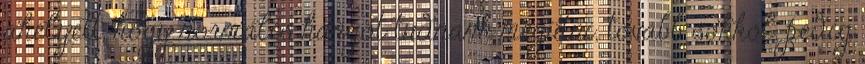
ahelyett, hogy normális hangot tudnánk megütni, tovább sokkol, pedig